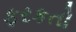
ફરકતો